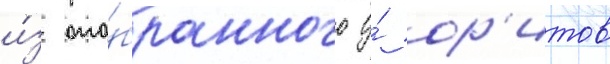
и́з ото́бранного у́ ор'итов